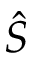
\hat { S }